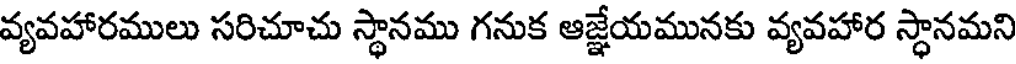
వ్యవహారములు సరిచూచు స్థానము గనుక ఆజ్జేయమునకు వ్యవహార స్థానమని